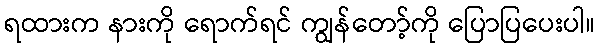
ရထားက နားကို ရောက်ရင် ကျွန်တော့်ကို ပြောပြပေးပါ။